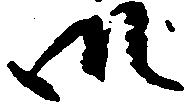
御